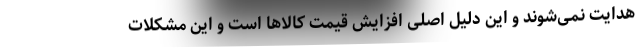
هدایت نمی‌شوند و این دلیل اصلی افزایش قیمت کالاها است و این مشکلات